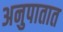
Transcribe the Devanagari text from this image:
अनुपातात